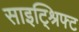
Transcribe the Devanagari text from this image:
साइट्श्रिफ्ट